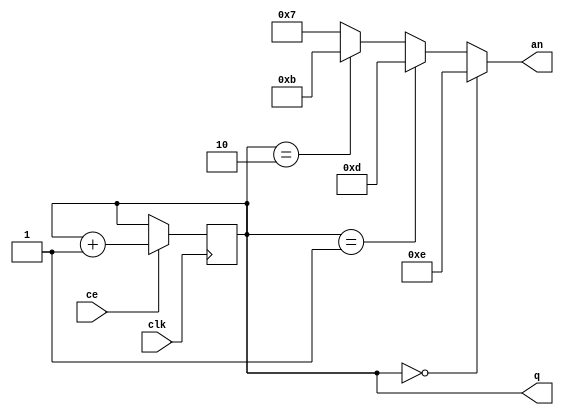
module Gen4an(
	input clk,	output reg [1:0] q = 0,
	input ce,	output wire [3:0] an
);
assign an = (q==0)? 4'b1110 :
	(q==1)? 4'b1101 :
	(q==2)? 4'b1011 :
		4'b0111;
always @ (posedge clk) if (ce) begin
q <= q+1 ;
end
endmodule